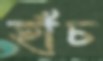
হাঁচ